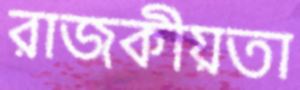
রাজকীয়তা